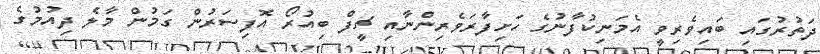
ދަތުރުގައި ބައިވެރިވީ އެމަނިކުފާނުގެ ހަށިފާރަވެރިންނާއި ޗީފް ބިއުރޯ އޮފިސަރުން ގަމުން މާލެ ދިއުމުގެ